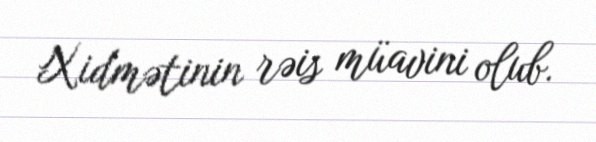
Xidmətinin rəis müavini olub.